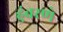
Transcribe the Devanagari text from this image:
हुंबरणे